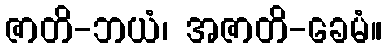
ဇာတိ-ဘယံ၊ အဇာတိ-ခေမံ။